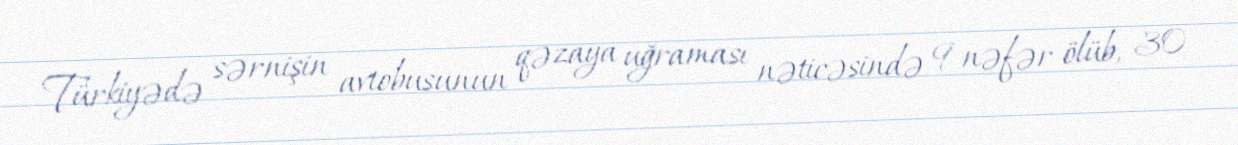
Türkiyədə sərnişin avtobusunun qəzaya uğraması nəticəsində 9 nəfər ölüb, 30